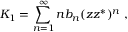
K _ { 1 } = \sum _ { n = 1 } ^ { \infty } n b _ { n } ( z z ^ { * } ) ^ { n } ~ ,